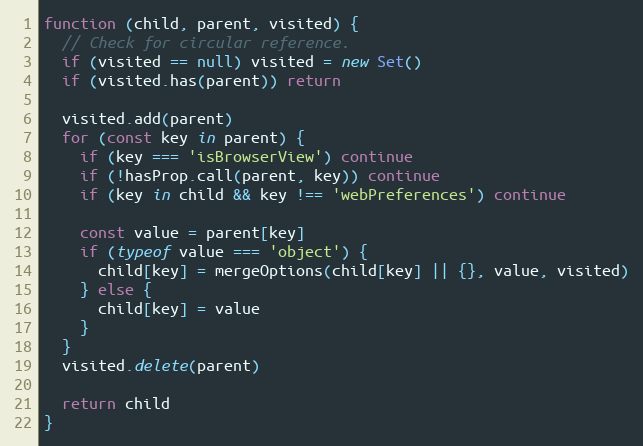
Language: JavaScript
function (child, parent, visited) {
  // Check for circular reference.
  if (visited == null) visited = new Set()
  if (visited.has(parent)) return

  visited.add(parent)
  for (const key in parent) {
    if (key === 'isBrowserView') continue
    if (!hasProp.call(parent, key)) continue
    if (key in child && key !== 'webPreferences') continue

    const value = parent[key]
    if (typeof value === 'object') {
      child[key] = mergeOptions(child[key] || {}, value, visited)
    } else {
      child[key] = value
    }
  }
  visited.delete(parent)

  return child
}